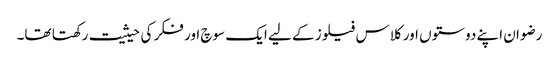
رضوان اپنے دوستوں اور کلاس فیلوز کے لیے ایک سوچ اور فکر کی حیثیت رکھتا تھا۔